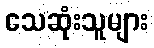
သေဆုံးသူများ